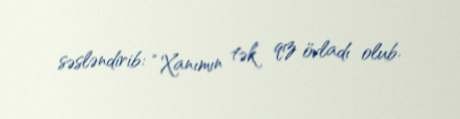
səsləndirib: “Xanımın tək qız övladı olub.